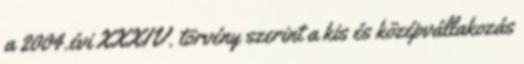
a 2004.évi XXXIV. törvény szerint a kis és középvállakozás